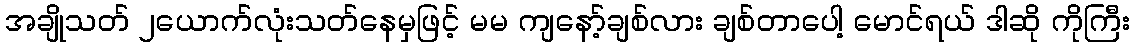
အချိုသတ် ၂ယောက်လုံးသတ်နေမှဖြင့် မမ ကျနော့်ချစ်လား ချစ်တာပေါ့ မောင်ရယ် ဒါဆို ကိုကြီး